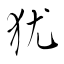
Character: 犹